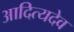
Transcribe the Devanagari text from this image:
आदित्यदेव